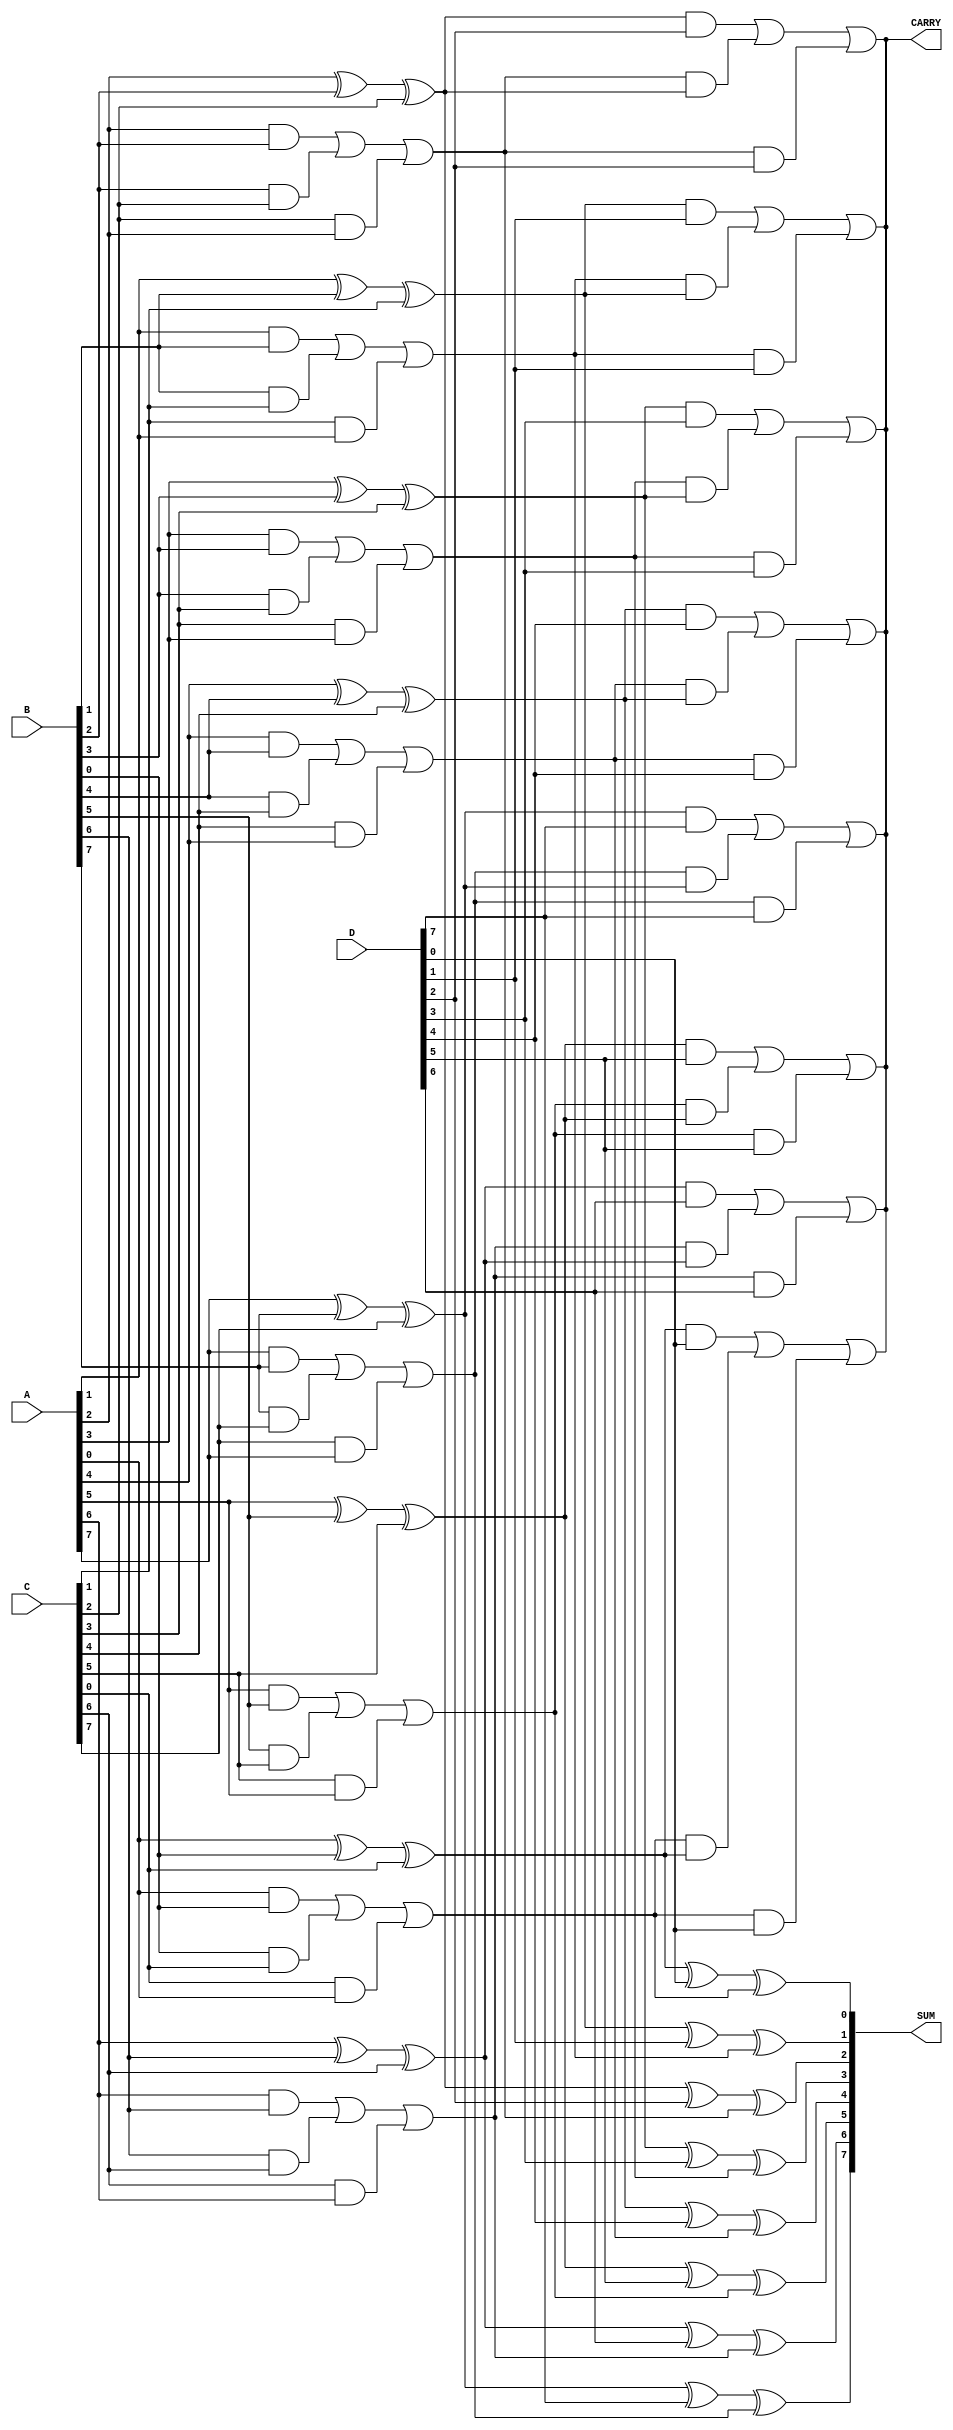
module carry_save_adder (
    input [N-1:0] A, // First operand
    input [N-1:0] B, // Second operand
    input [N-1:0] C, // Third operand
    input [N-1:0] D, // Fourth operand
    output [N-1:0] SUM, // Final sum output
    output CARRY // Final carry output
);
    parameter N = 8; // Bit-width of the operands

    // Intermediate sums and carries
    wire [N-1:0] sum1, sum2, sum3;
    wire [N-1:0] carry1, carry2, carry3;

    // First layer of full adders
    genvar i;
    generate
        for (i = 0; i < N; i = i + 1) begin : fa_layer1
            // Full adder for A, B, and C
            assign sum1[i] = A[i] ^ B[i] ^ C[i];
            assign carry1[i] = (A[i] & B[i]) | (B[i] & C[i]) | (C[i] & A[i]);
        end
    endgenerate

    // Second layer of full adders
    generate
        for (i = 0; i < N; i = i + 1) begin : fa_layer2
            // Full adder for sum1 and D
            assign sum2[i] = sum1[i] ^ D[i];
            assign carry2[i] = (sum1[i] & D[i]) | (carry1[i] & sum1[i]) | (carry1[i] & D[i]);
        end
    endgenerate

    // Final layer of full adders to combine carries
    generate
        for (i = 0; i < N; i = i + 1) begin : fa_layer3
            // Final sum and carry
            assign SUM[i] = sum2[i] ^ carry1[i];
            assign CARRY = carry2[i]; // Final carry output
        end
    endgenerate

endmodule